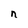
Character: n